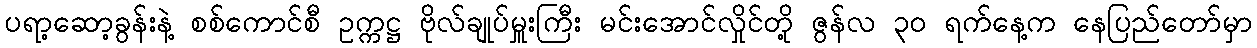
ပရာ့ဆော့ခွန်းနဲ့ စစ်ကောင်စီ ဥက္ကဋ္ဌ ဗိုလ်ချုပ်မှူးကြီး မင်းအောင်လှိုင်တို့ ဇွန်လ ၃၀ ရက်နေ့က နေပြည်တော်မှာ